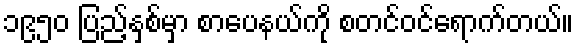
၁၉၅၀ ပြည့်နှစ်မှာ စာပေနယ်ကို စတင်ဝင်ရောက်တယ်။